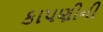
કાપણીની